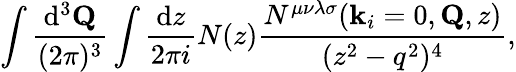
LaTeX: \int\frac{\mathrm{d}^{3}{\mathbf Q}}{(2\pi)^{3}}\int\frac{\mathrm{d}z}{2\pi i}N(z)\frac{N^{\mu\nu\lambda\sigma}({\mathbf k}_{i}=0,{\mathbf Q},z)}{(z^{2}-q^{2})^{4}},